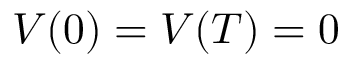
V ( 0 ) = V ( T ) = 0